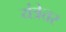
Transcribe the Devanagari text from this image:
यंत्रेत्तर